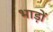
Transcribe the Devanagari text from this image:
भाड़ों